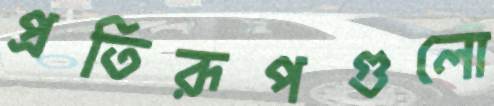
প্রতিরূপগুলো